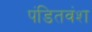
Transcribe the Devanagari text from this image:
पंडितवंश